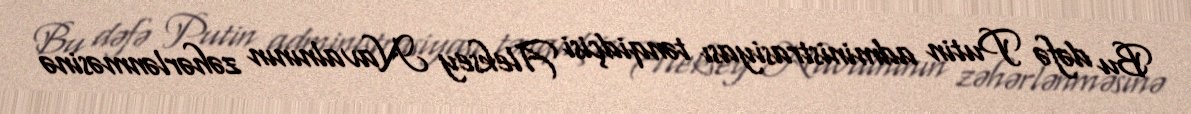
Bu dəfə Putin administrasiyası tənqidçisi Aleksey Navalnının zəhərlənməsinə